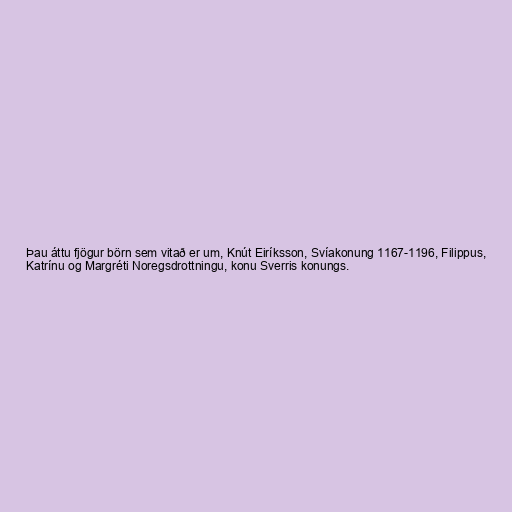
Þau áttu fjögur börn sem vitað er um, Knút Eiríksson, Svíakonung 1167-1196, Filippus,
Katrínu og Margréti Noregsdrottningu, konu Sverris konungs.